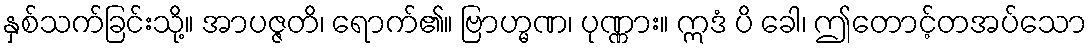
နှစ်သက်ခြင်းသို့။ အာပဇ္ဇတိ၊ ရောက်၏။ ဗြာဟ္မဏ၊ ပုဏ္ဏား။ ဣဒံ ပိ ခေါ၊ ဤတောင့်တအပ်သော